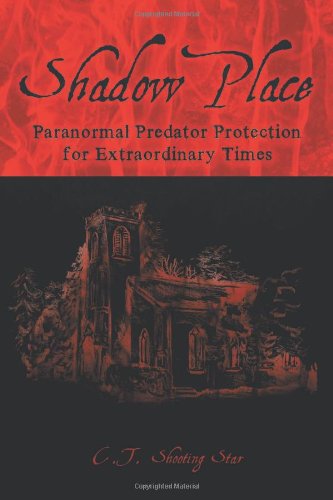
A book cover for Shadow Place: Paranormal Predator Protection for Extraordinary Times; C.T.  Shooting Star; Health, Fitness & Dieting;